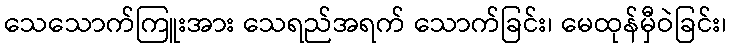
သေသောက်ကြူးအား သေရည်အရက် သောက်ခြင်း၊ မေထုန်မှီဝဲခြင်း၊